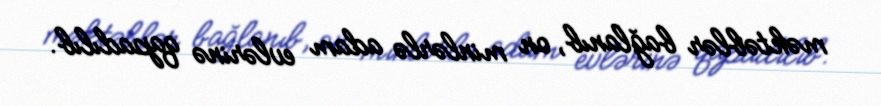
məktəblər bağlanıb, on minlərlə adam evlərinə qapadılıb.